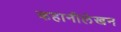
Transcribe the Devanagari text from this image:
कहानीलेखन